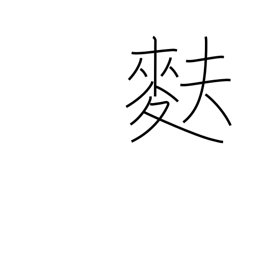
Meaning: light wheat-gluten bread